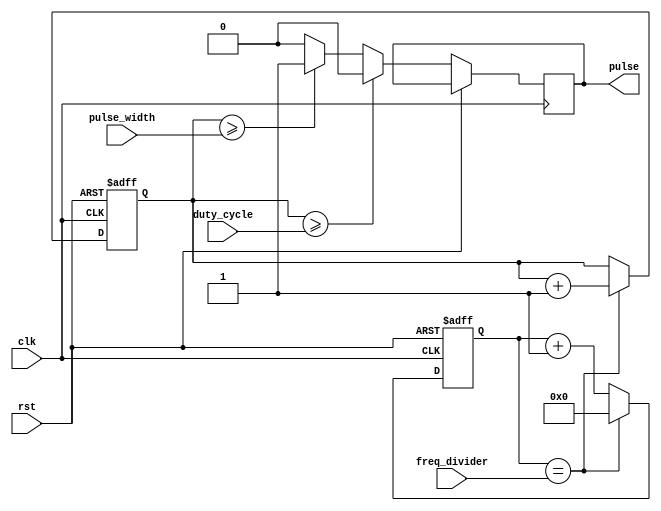
module VariableFrequencyPulseGenerator (
    input clk,
    input rst,
    input [7:0] freq_divider,
    input [7:0] pulse_width,
    input [7:0] duty_cycle,
    output reg pulse
);

reg [31:0] phase_accumulator;
reg [7:0] counter;
reg clk_sync;

always @ (posedge clk or posedge rst) begin
    if (rst) begin
        phase_accumulator <= 32'h00000000;
        counter <= 8'h00;
        clk_sync <= 1'b0;
    end else begin
        if (counter == freq_divider) begin
            phase_accumulator <= phase_accumulator + 1;
            counter <= 8'h00;
        end else begin
            counter <= counter + 1;
        end
        
        if (phase_accumulator >= pulse_width) begin
            pulse <= 1;
        end else begin
            pulse <= 0;
        end
        
        if (phase_accumulator >= duty_cycle) begin
            pulse <= 0;
        end
    end
end

always @ (posedge clk) begin
    clk_sync <= ~clk_sync;
end

endmodule